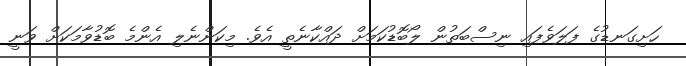
ހަށިގަނޑުގެ ފަލަވެފައި ނިސްބަތުން ލޯބޮޑުކަމަށް ދައްކާނެތީ އެވެ. މިކަންނެލި އެންމެ ބޮޑުވާމަކަށް ވަނީ